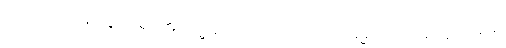
ဘဂဝတော၊ မြတ်စွာဘုရား၏။ သမ္မုခါ၊ မျက်မှောက်တော်၌။ ဓမ္မိကတံ၊ တရားစကားကို။